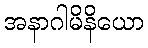
အနာဂါမိနိယော